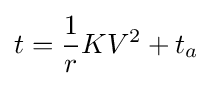
t={\frac {1}{r}}KV^{2}+t_{a}